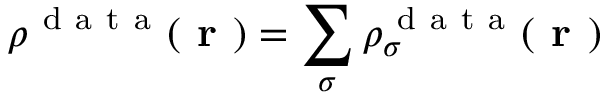
\rho ^ { \mathrm { ~ d ~ a ~ t ~ a ~ } } ( \boldsymbol { \textbf { r } } ) = \sum _ { \sigma } \rho _ { \sigma } ^ { \mathrm { ~ d ~ a ~ t ~ a ~ } } ( \boldsymbol { \textbf { r } } )